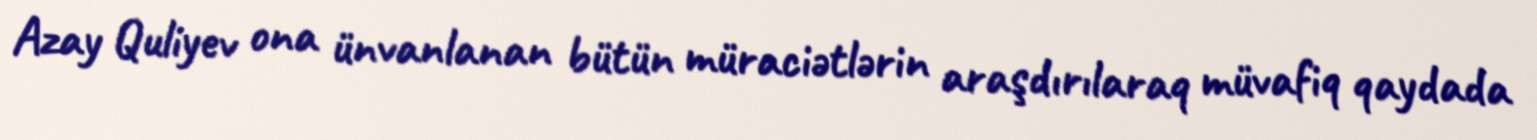
Azay Quliyev ona ünvanlanan bütün müraciətlərin araşdırılaraq müvafiq qaydada